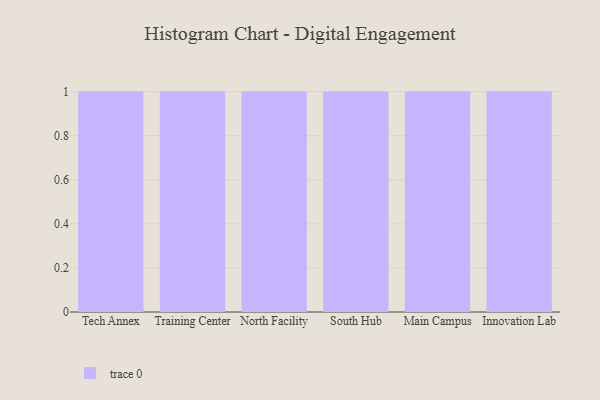
{"axis": {"x": "Campus", "y": "Customer Acquisition Cost (USD)"}, "legend": [""], "data": [{"x": "Tech Annex", "y": 46, "type": ""}, {"x": "Training Center", "y": 56, "type": ""}, {"x": "North Facility", "y": 72, "type": ""}, {"x": "South Hub", "y": 95, "type": ""}, {"x": "Main Campus", "y": 45, "type": ""}, {"x": "Innovation Lab", "y": 65, "type": ""}]}